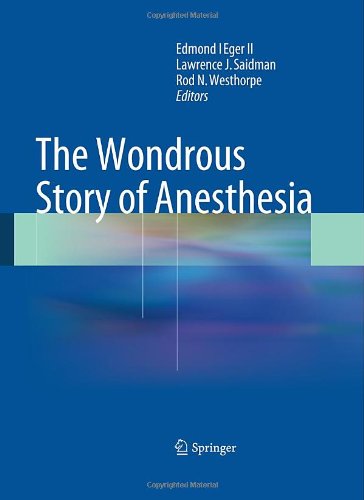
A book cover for The Wondrous Story of Anesthesia; Medical Books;